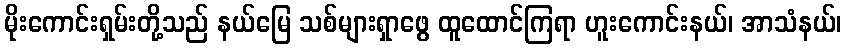
မိုးကောင်းရှမ်းတို့သည် နယ်မြေ သစ်များရှာဖွေ ထူထောင်ကြရာ ဟူးကောင်းနယ်၊ အာသံနယ်၊